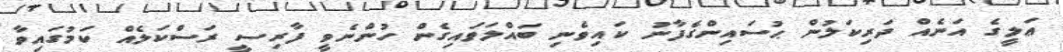
ޢަލީގެ އަނެއް ދަރިކަލުން ޙުސައިންގެފާނު ކައިވެނި ބައްލަވައިގެން ހުންނެވީ ފާރިސީ ރަސްކަލެއް ކަމުގައިވާ